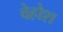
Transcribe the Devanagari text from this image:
वेहोश